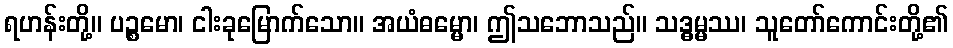
ရဟန်းတို့။ ပဉ္စမော၊ ငါးခုမြောက်သော။ အယံဓမ္မော၊ ဤသဘောသည်။ သဒ္ဓမ္မဿ၊ သူတော်ကောင်းတို့၏